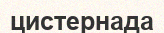
цистернада